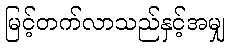
မြင့်တက်လာသည်နှင့်အမျှ